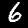
Label: 6